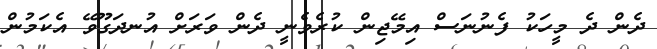
ދެން ދެ މީހަކު ފެނުނަސް އިމޭޖިން ކުރެވެނީ ދެން ވަރަށް އުނދަގޫވޭ އެކަމުން